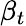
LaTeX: \beta_{t}